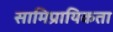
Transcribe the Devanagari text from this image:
सामिप्रायिकता